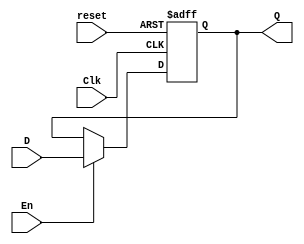
// Electronica Digital
// Marco Duarte
// Lab_10
// Ejercicio 01
// Union de modulos

// Se crea un flipflop de 4 bits para poder crear el FETCH
module FFD_4(
    input wire Clk, reset, En,
    input wire [3:0]D, 
    output reg [3:0]Q);

    always @ (posedge Clk or posedge reset) begin
        if (reset) 
            Q <= 4'b0000;
        else if (En)
            Q <= D;
    end
endmodule

module counter12(
    input wire Clk, reset, En, non,
    input wire [11:0]load,
    output reg [11:0]exit);

        always @ (posedge Clk or posedge reset or posedge non)begin 
            if (reset == 1) // Empieza en 0
                exit <= 12'b000000000000;
            
            else if(En == 1) // Cada vez que pase el clock se le suma uno
                exit <= exit + 1;
            
            else if(non == 1) // Mientras non sea 1, el valor va a ser el de load
                exit <= load;
            end

endmodule

module ROM(
    input wire[11:0]lecture, // La direccion
    output wire [7:0]data); // La cantidad de bits que se desea ver

        reg [7:0] Memory[0:4095]; // Ajustamos el tamao de nuestra memoria
        // En este caso es de 8 bits por 4k de localidades
        
        initial begin
        // Esto se inicializa para llamar al archivo que guarda nuestro datos
            $readmemb("memory.marco", Memory);
        end

        // Aqui se le asisgna el valor a la memoria 
        assign data = Memory[lecture];
endmodule

module Fetch(
    input wire Clk, reset, En2,
    input wire [7:0]D4,
    output wire [3:0]Q1,
    output wire [3:0]Q2);
    // Se crean dos salidas de 4 bits debido que el fetch requiere dos salidas

        FFD_4 U1(Clk, reset, En2, D4[7:4], Q1);
        FFD_4 U2(Clk, reset, En2, D4[3:0], Q2);
endmodule

module fusion(
    input wire Clk, reset, En, non, En2,
    input wire [11:0]load,
    output wire [7:0]B,
    output wire [3:0]Q1,
    output wire [3:0]Q2);

        wire [11:0]A;
        
        counter12 U1(Clk, reset, En, non, load, A);
        ROM U2(A, B);
        Fetch U3(Clk, reset, En2, B, Q1, Q2);
endmodule